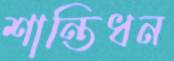
শান্তিধন